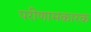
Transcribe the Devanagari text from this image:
परीणामकारक